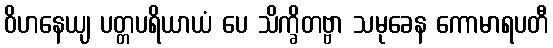
ဝိဟနေယျ ပတ္တပရိယာယံ ပေ သိက္ခိတဗ္ဗာ သမုခေန ကောမာရပတီ